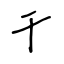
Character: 干